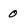
Character: 0